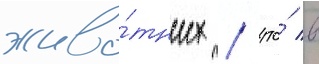
живо́тных / что́ в